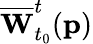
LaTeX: \overline{{\mathbf{W}}}_{t_{0}}^{t}(\mathbf{p})